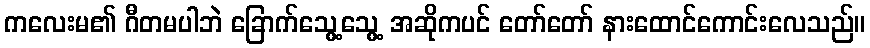
ကလေးမ၏ ဂီတမပါဘဲ ခြောက်သွေ့သွေ့ အဆိုကပင် တော်တော် နားထောင်ကောင်းလေသည်။